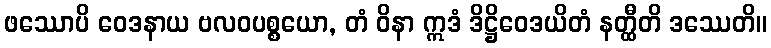
ဖဿောပိ ဝေဒနာယ ဗလဝပစ္စယော, တံ ဝိနာ ဣဒံ ဒိဋ္ဌိဝေဒယိတံ နတ္ထီတိ ဒဿေတိ။